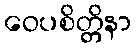
ဝေပစိတ္တိနာ